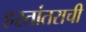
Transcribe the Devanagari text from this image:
हस्तांतराची